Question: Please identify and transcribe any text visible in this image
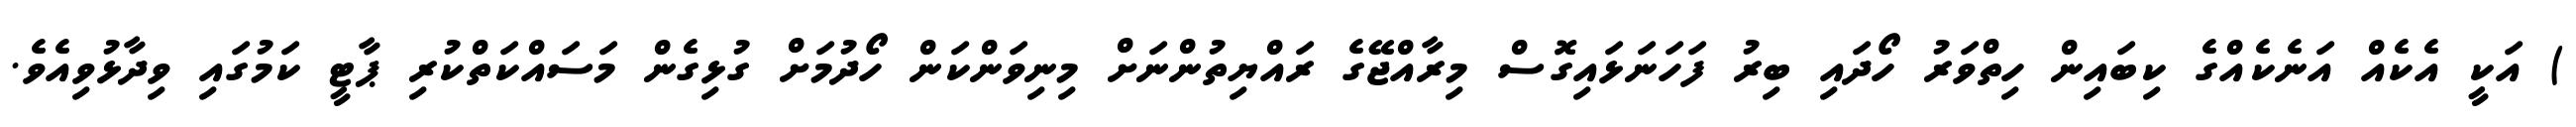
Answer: ) އަކީ އެކެއް އަނެކެއްގެ ކިބައިން ހިތްވަރު ހޯދައި ބިރު ފަހަނަޅައިގޮސް މިރާއްޖޭގެ ރައްޔިތުންނަށް މިނިވަންކަން ހޯދުމަށް ގުޅިގެން މަސައްކަތްކުރި ޕާޓީ ކަމުގައި ވިދާޅުވިއެވެ.